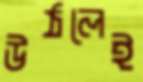
উঠলেই